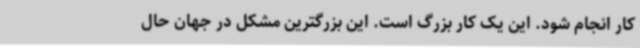
کار انجام شود. این یک کار بزرگ است. این بزرگترین مشکل در جهان حال